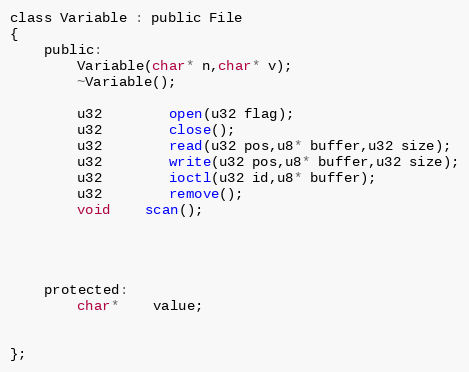
Language: C
class Variable : public File
{
	public:
		Variable(char* n,char* v);
		~Variable();

		u32		open(u32 flag);
		u32		close();
		u32		read(u32 pos,u8* buffer,u32 size);
		u32		write(u32 pos,u8* buffer,u32 size);
		u32		ioctl(u32 id,u8* buffer);
		u32		remove();
		void	scan();

	protected:
		char*	value;

};